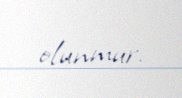
olunmur.